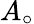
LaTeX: A_{\circ}